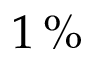
1 \, \%